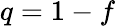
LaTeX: q=1-f